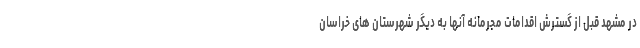
در مشهد قبل از گسترش اقدامات مجرمانه آنها به دیگر شهرستان های خراسان